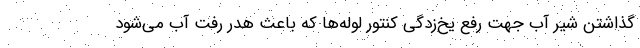
گذاشتن شیر آب جهت رفع یخ‌زدگی کنتور لوله‌ها که باعث هدر رفت آب می‌شود